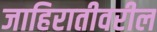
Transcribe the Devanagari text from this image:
जाहिरातीवरील